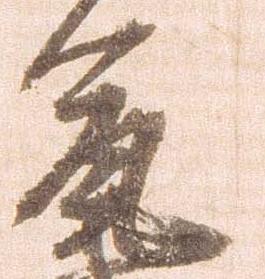
允